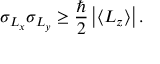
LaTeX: \sigma _ { L _ { x } } \sigma _ { L _ { y } } \geq { \frac { \hbar } { 2 } } \left| \langle L _ { z } \rangle \right| .